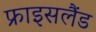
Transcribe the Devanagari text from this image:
फ्राइसलैंड